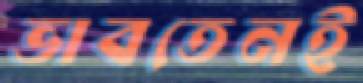
ভাবতেনই